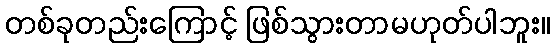
တစ်ခုတည်းကြောင့် ဖြစ်သွားတာမဟုတ်ပါဘူး။